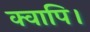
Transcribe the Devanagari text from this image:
क्वापि।